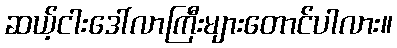
ဆယ့်ငါးဒေါ်လာကြီးများတောင်ပါလား။